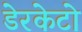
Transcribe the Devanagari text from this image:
डेरकेटो